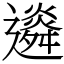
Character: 䢯